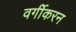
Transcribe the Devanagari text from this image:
वर्गीकरन